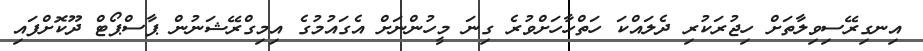
އިނގިރޭސިވިލާތަށް ހިޖުރަކުރި ދެލައްކަ ހަތްހާހަށްވުރެ ގިނަ މީހުންނަށް އެގައުމުގެ އިމިގްރޭޝަނުން ޕާސްޕޯޓް ދޫކޮށްފައި